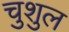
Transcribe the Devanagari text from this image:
चुशुल